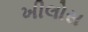
ખીલોસ